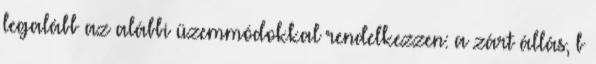
legalább az alábbi üzemmódokkal rendelkezzen: a zárt állás, b